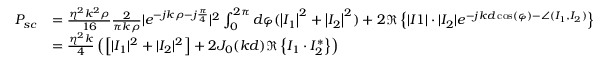
\begin{array} { r l } { P _ { s c } } & { = \frac { \eta ^ { 2 } k ^ { 2 } \rho } { 1 6 } \frac { 2 } { \pi k \rho } | e ^ { - j k \rho - j \frac { \pi } { 4 } } | ^ { 2 } \int _ { 0 } ^ { 2 \pi } d \varphi ( \left| I _ { 1 } \right| ^ { 2 } + \left| I _ { 2 } \right| ^ { 2 } ) + 2 \Re \left\{ | I 1 | \cdot | I _ { 2 } | e ^ { - j k d \cos ( \varphi ) - \angle ( I _ { 1 } , I _ { 2 } ) } \right\} } \\ & { = \frac { \eta ^ { 2 } k } { 4 } \left( \left[ | I _ { 1 } | ^ { 2 } + | I _ { 2 } | ^ { 2 } \right] + 2 J _ { 0 } ( k d ) \Re \left\{ I _ { 1 } \cdot I _ { 2 } ^ { * } \right\} \right) } \end{array}